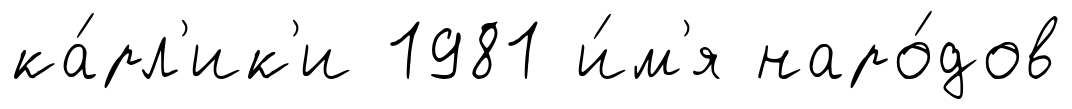
ка́рл'ик'и 1981 и́м'я наро́дов